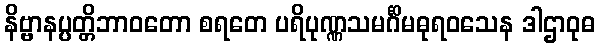
နိဗ္ဗာနပ္ပတ္တိဘာဝတော စရတေ ပရိပုဏ္ဏသမင်္ဂိမဓုရဝသေန ဒါဌာဝုဓ